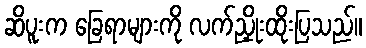
ဆိပူးက ခြေရာများကို လက်ညှိုးထိုးပြသည်။